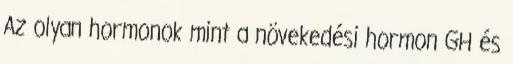
Az olyan hormonok mint a növekedési hormon GH és